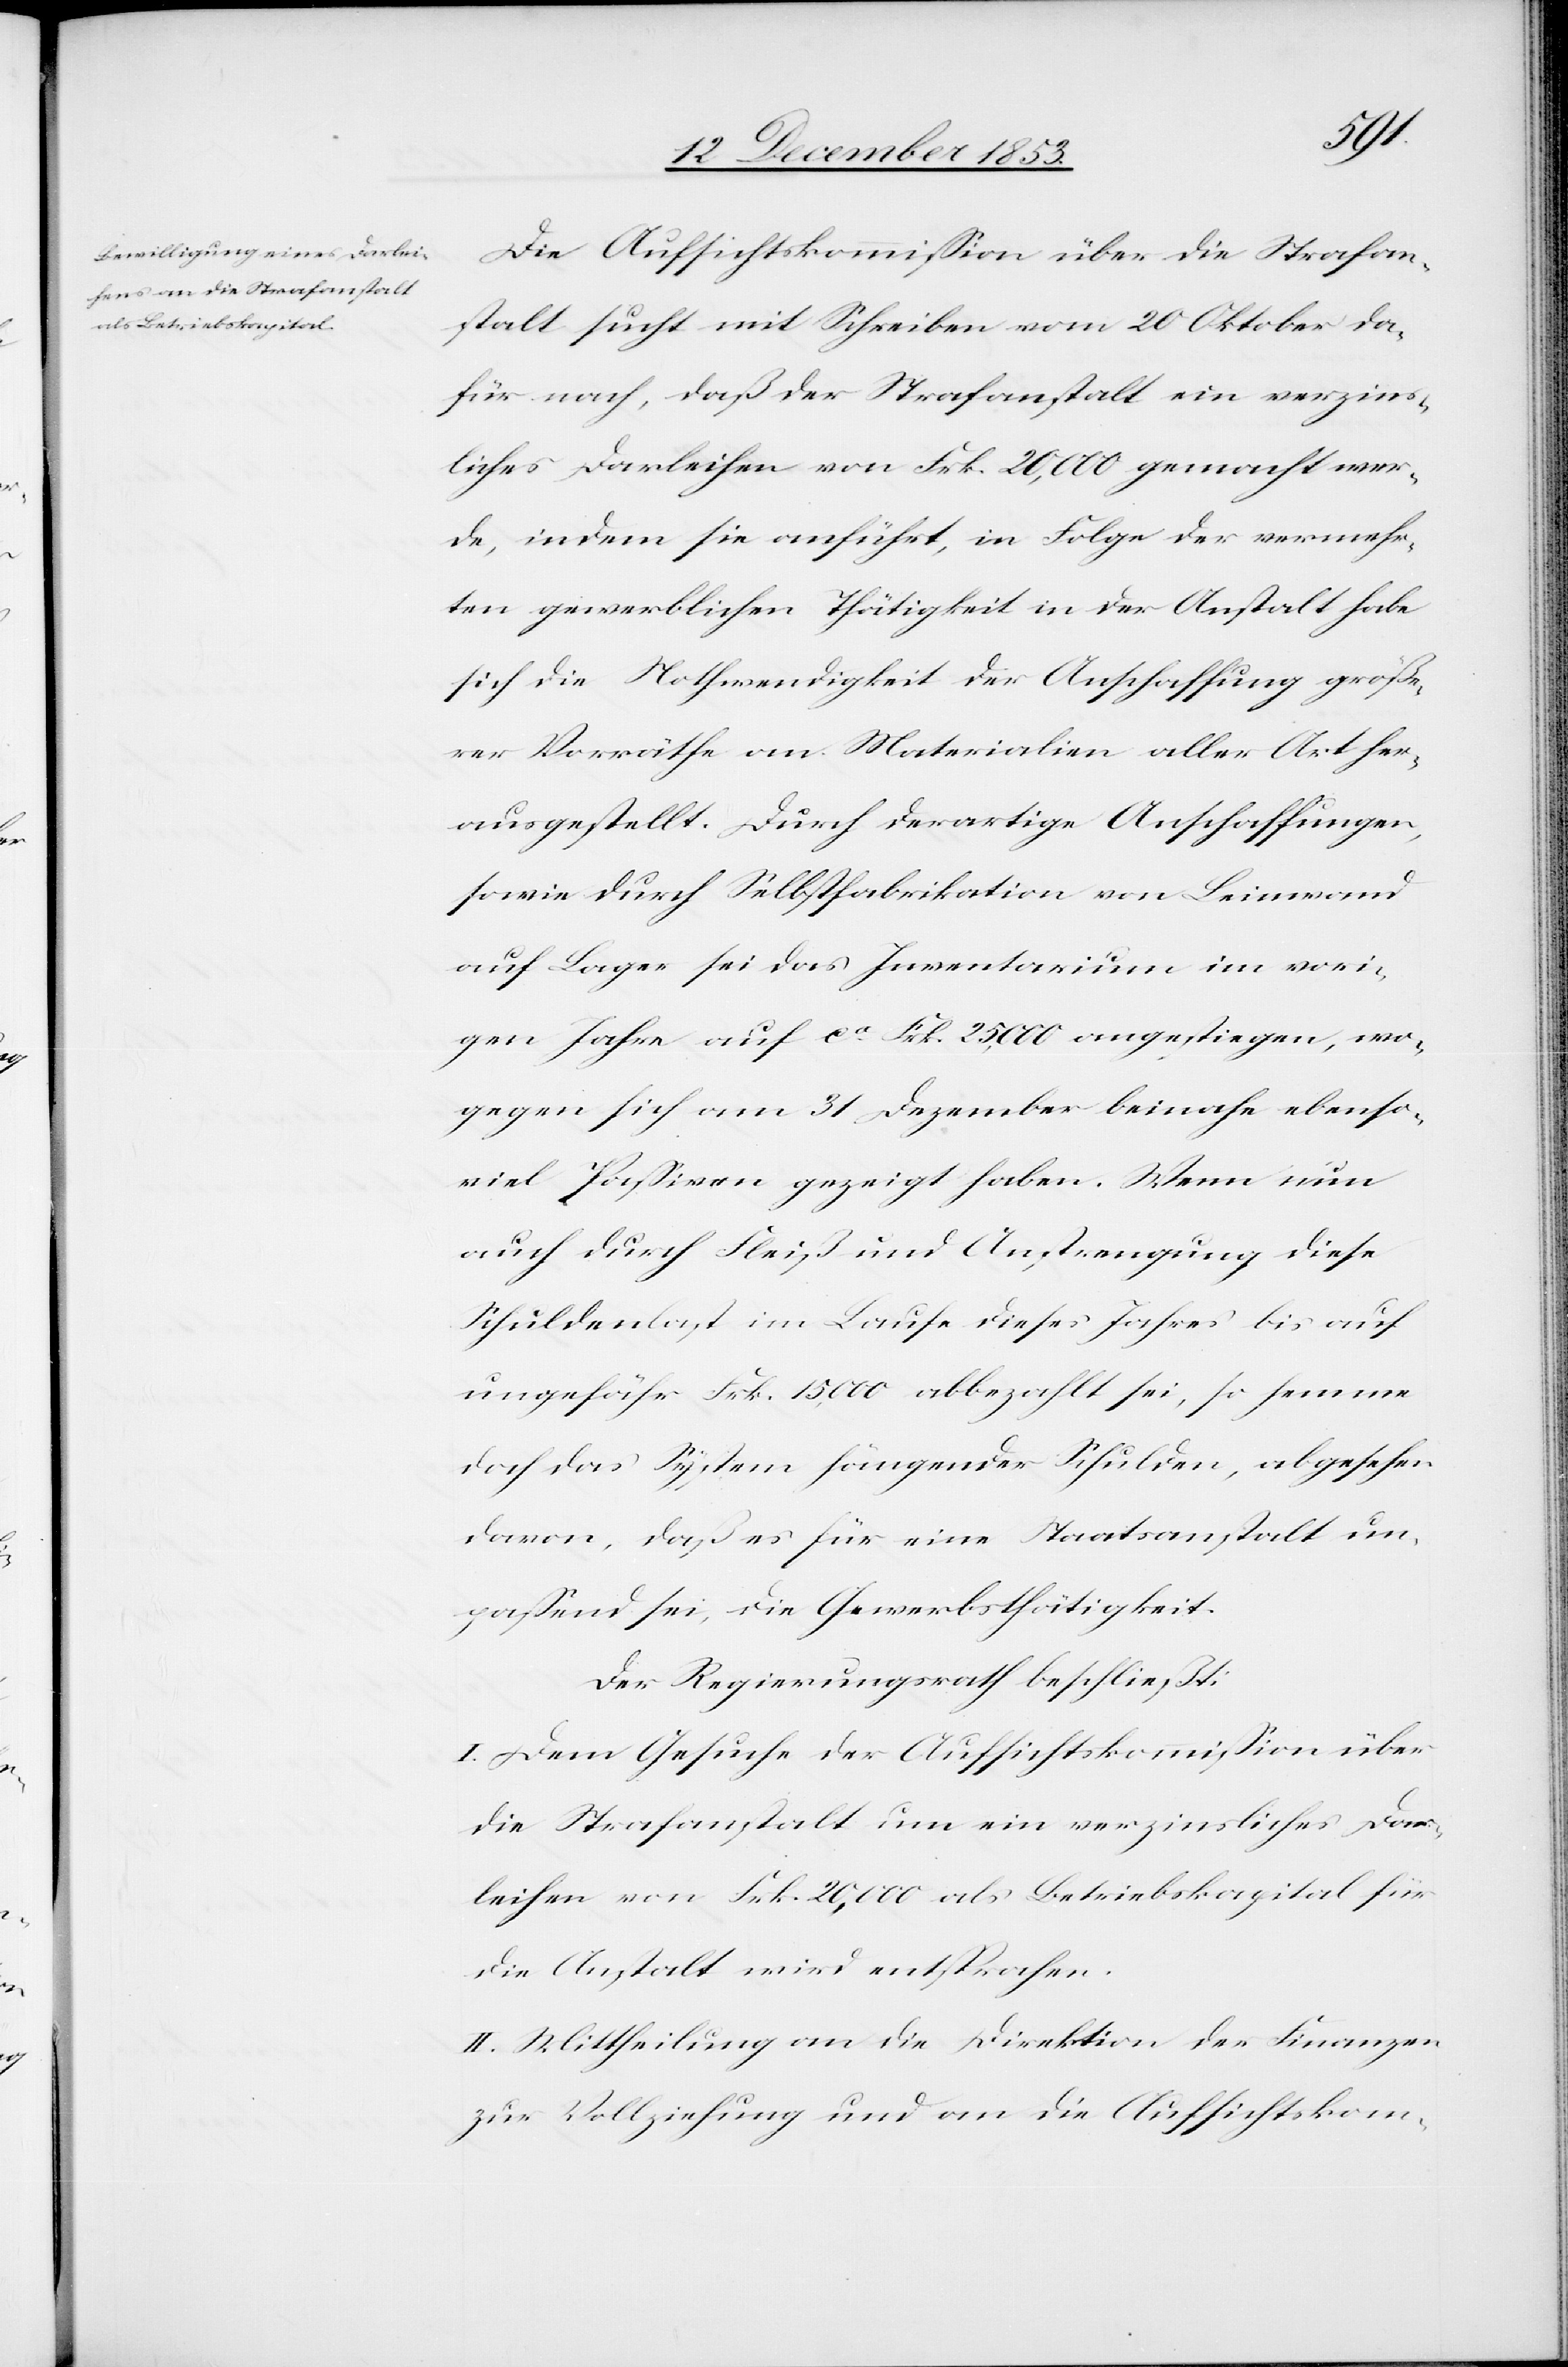
Die Aufsichtskommißion über die Strafan¬
stalt sucht mit Schreiben vom 20 Oktober da¬
für nach, daß der Strafanstalt ein verzins¬
liches Darleihen von Frk. 20,000 gemacht wer¬
de, indem sie anführt, in Folge der vermehr¬
ten gewerblichen Thätigkeit in der Anstalt habe
sich die Nothwendigkeit der Anschaffung größe¬
rer Vorräthe an Materialien aller Art her¬
ausgestellt. Durch derartige Anschaffungen,
sowie durch Selbstfabrikation von Leinwand
auf Lager sei das Inventarium im vori¬
gen Jahr auf ca Frk. 25,000 angestiegen, wo¬
gegen sich am 31 Dezember beinahe ebenso
viel Paßiven gezeigt haben. Wenn nun
auch durch Fleiß und Anstrengung diese
Schuldenlast im Laufe dieses Jahres bis auf
ungefähr Frk. 15,000 abbezahlt sei, so hemme
doch das System hängender Schulden, abgesehen
davon, daß es für eine Staatsanstalt un¬
paßend sei, die Gewerbsthätigkeit.
Der Regierungsrath beschließt:
I. Dem Gesuche der Aufsichtskommißion über
die Strafanstalt um ein verzinsliches Dar¬
leihen von Frk. 20,000 als Betriebskapital für
die Anstalt wird entsprochen.
II. Mittheilung an die Direktion der Finanzen
zur Vollziehung und an die Aufsichtskom-